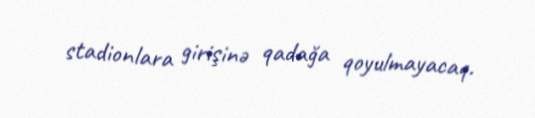
stadionlara girişinə qadağa qoyulmayacaq.